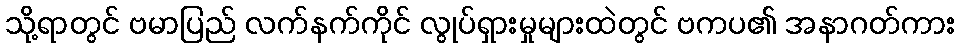
သို့ရာတွင် ဗမာပြည် လက်နက်ကိုင် လွုပ်ရှားမှုများထဲတွင် ဗကပ၏ အနာဂတ်ကား